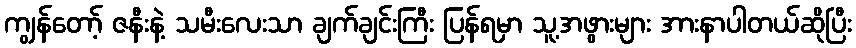
ကျွန်တော့် ဇနီးနဲ့ သမီးလေးသာ ချက်ချင်းကြီး ပြန်ရမှာ သူ့အဖွားများ အားနာပါတယ်ဆိုပြီး